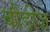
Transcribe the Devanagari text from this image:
बौडीज़